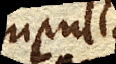
Ampullae